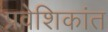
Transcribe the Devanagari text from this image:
प्रवेशिकांत